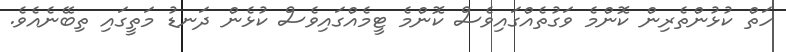
ހަތް ކުޅުންތެރިން ކޮންމެ ވަގުތެއްގައިވެސް ކޮންމެ ޓީމެއްގައިވެސް ކުޅެން ދަނޑު މަތީގައި ތިބޭނެއެވެ.